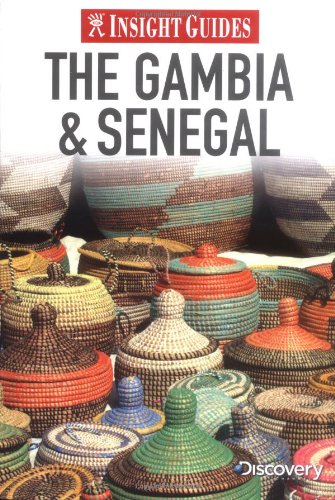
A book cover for Insight Guides: Gambia & Senegal; Insight; Travel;